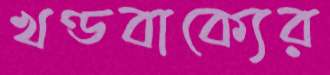
খণ্ডবাক্যের